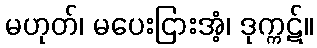
မဟုတ်၊ မပေးငြားအံ့၊ ဒုက္ကဋ်။